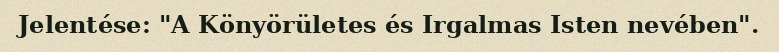
Jelentése: "A Könyörületes és Irgalmas Isten nevében".